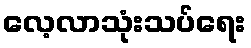
လေ့လာသုံးသပ်ရေး